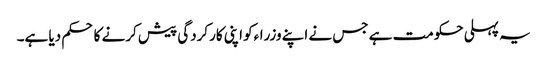
یہ پہلی حکومت ہے جس نے اپنے وزراءکو اپنی کارکردگی پیش کرنے کا حکم دیا ہے۔